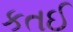
કતઈ